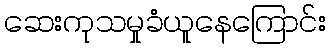
ဆေးကုသမှုခံယူနေကြောင်း